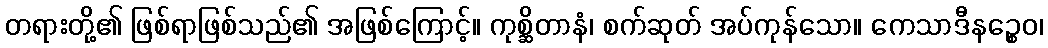
တရားတို့၏ ဖြစ်ရာဖြစ်သည်၏ အဖြစ်ကြောင့်။ ကုစ္ဆိတာနံ၊ စက်ဆုတ် အပ်ကုန်သော။ ကေသာဒီနဉ္စေဝ၊